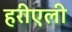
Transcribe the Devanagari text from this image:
हरीएली